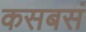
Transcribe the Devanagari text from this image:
कसबसं